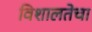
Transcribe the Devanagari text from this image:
विशालतेचा